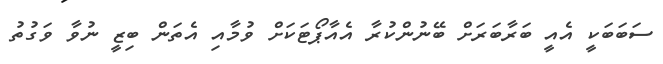
ސަބަބަކީ އެއީ ބަރާބަރަށް ބޭނުންކުރާ އެއާޕޯޓަކަށް ވުމާއި އެތަން ބިޒީ ނުވާ ވަގުތު